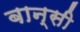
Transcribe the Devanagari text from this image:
बान्‍सी